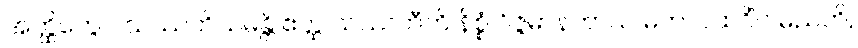
အတ္ထိတွေဝ သဿတိသမန္တိ ဧတ္ထ သဿတီတိ နိစ္စံ ဝိဇ္ဇမာနတာယ မဟာပထဝိံဝ မညတိ,